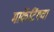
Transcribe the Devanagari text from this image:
मार्केटिंगचा